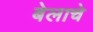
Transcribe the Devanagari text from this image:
बेलाचे